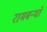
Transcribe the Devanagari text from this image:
रामबन्धो